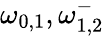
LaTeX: \omega_{0,1},\omega_{1,2}^{-}